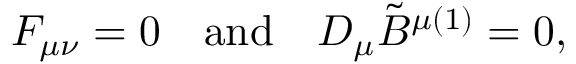
F _ { \mu \nu } = 0 \quad \mathrm { a n d } \quad D _ { \mu } \tilde { B } ^ { \mu ( 1 ) } = 0 ,